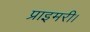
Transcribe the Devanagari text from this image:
प्राइमरी।